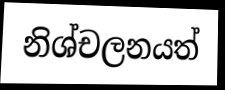
නිශ්චලනයත්